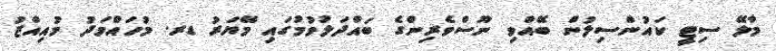
މާލޭ ސިޓީ ކައުންސިލުން ބޭއްވި ނޫސްވެރިންގެ ބައްދަލުވުމުގައި މޭޔަރު ޑރ. މުހައްމަދު މުއިއްޒު